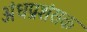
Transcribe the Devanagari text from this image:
अंधप्रशंसक